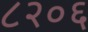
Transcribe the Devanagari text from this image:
८२०६